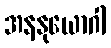
အနနုယောဂါ